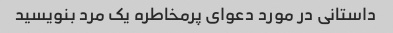
داستانی در مورد دعوای پرمخاطره یک مرد بنویسید